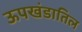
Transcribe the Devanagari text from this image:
ऊपखंडातिल